Report on the working of the Ranchi Indian Mental Hospital, Kanke, in Bihar and Orissa - 1930-1940
Year: 1930
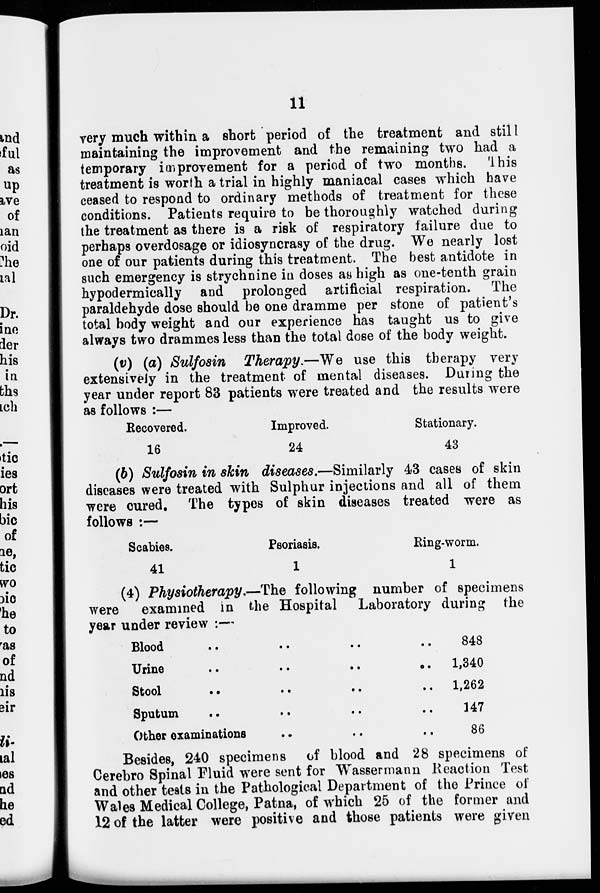
11
very much within a short period of the treatment and still
maintaining the improvement and the remaining two had a
temporary improvement for a period of two months. This
treatment is worth a trial in highly maniacal cases which have
ceased to respond to ordinary methods of treatment for these
conditions. Patients require to be thoroughly watched during
the treatment as there is a risk of respiratory failure due to
perhaps overdosage or idiosyncrasy of the drug. We nearly lost
one of our patients during this treatment. The best antidote in
such emergency is strychnine in doses as high as one-tenth grain
hypodermically and prolonged artificial respiration. The
paraldehyde dose should be one dramme per stone of patient's
total body weight and our experience has taught us to give
always two drammes less than the total dose of the body weight.
(v) (a) Sulfosin Therapy.—We use this therapy very
extensively in the treatment of mental diseases. During the
year under report 83 patients were treated and the results were
as follows :—
Recovered.
16
Improved.
24
Stationary.
43
(b) Sulfosin in skin diseases.—Similarly 43 cases of skin
diseases were treated with Sulphur injections and all of them
were cured. The typos of skin diseases treated were as
follows :—
Scabies.
41
Psoriasis.
1
Ring-worm.
1
(4) Physiotherapy.—The following number of specimens
were examined in the Hospital Laboratory during the
year under review :—
Blood .. .. .. .. ..
Urine
..
..
..
..
..
Stool .. .. .. .. ..
Sputum .. .. .. .. ..
Other examinations .. .. ..
848
1,340
1,262
147
86
Besides, 240 specimens of blood and 28 specimens of
Cerebro Spinal Fluid were sent for Wassermann Reaction Test
and other tests in the Pathological Department of the Prince of
Wales Medical College, Patna, of which 25 of the former and
12 of the latter were positive and those patients were given